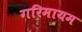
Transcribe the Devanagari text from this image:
गरिमायम